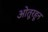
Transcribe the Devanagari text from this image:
ओतूरहून